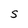
Character: S